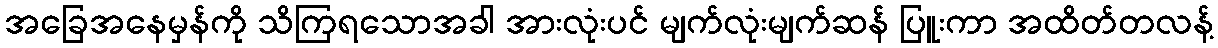
အခြေအနေမှန်ကို သိကြရသောအခါ အားလုံးပင် မျက်လုံးမျက်ဆန် ပြူးကာ အထိတ်တလန့်